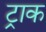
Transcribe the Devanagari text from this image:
ट्राक